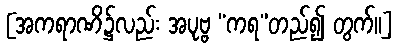
[အကရာဏိ၌လည်း အပုဗ္ဗ “ကရ”တည်၍ တွက်။]